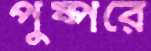
পুষ্পরে